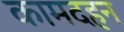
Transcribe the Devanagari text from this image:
कामदहन